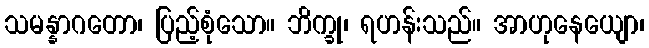
သမန္နာဂတော၊ ပြည့်စုံသော။ ဘိက္ခု၊ ရဟန်းသည်။ အာဟုနေယျော၊